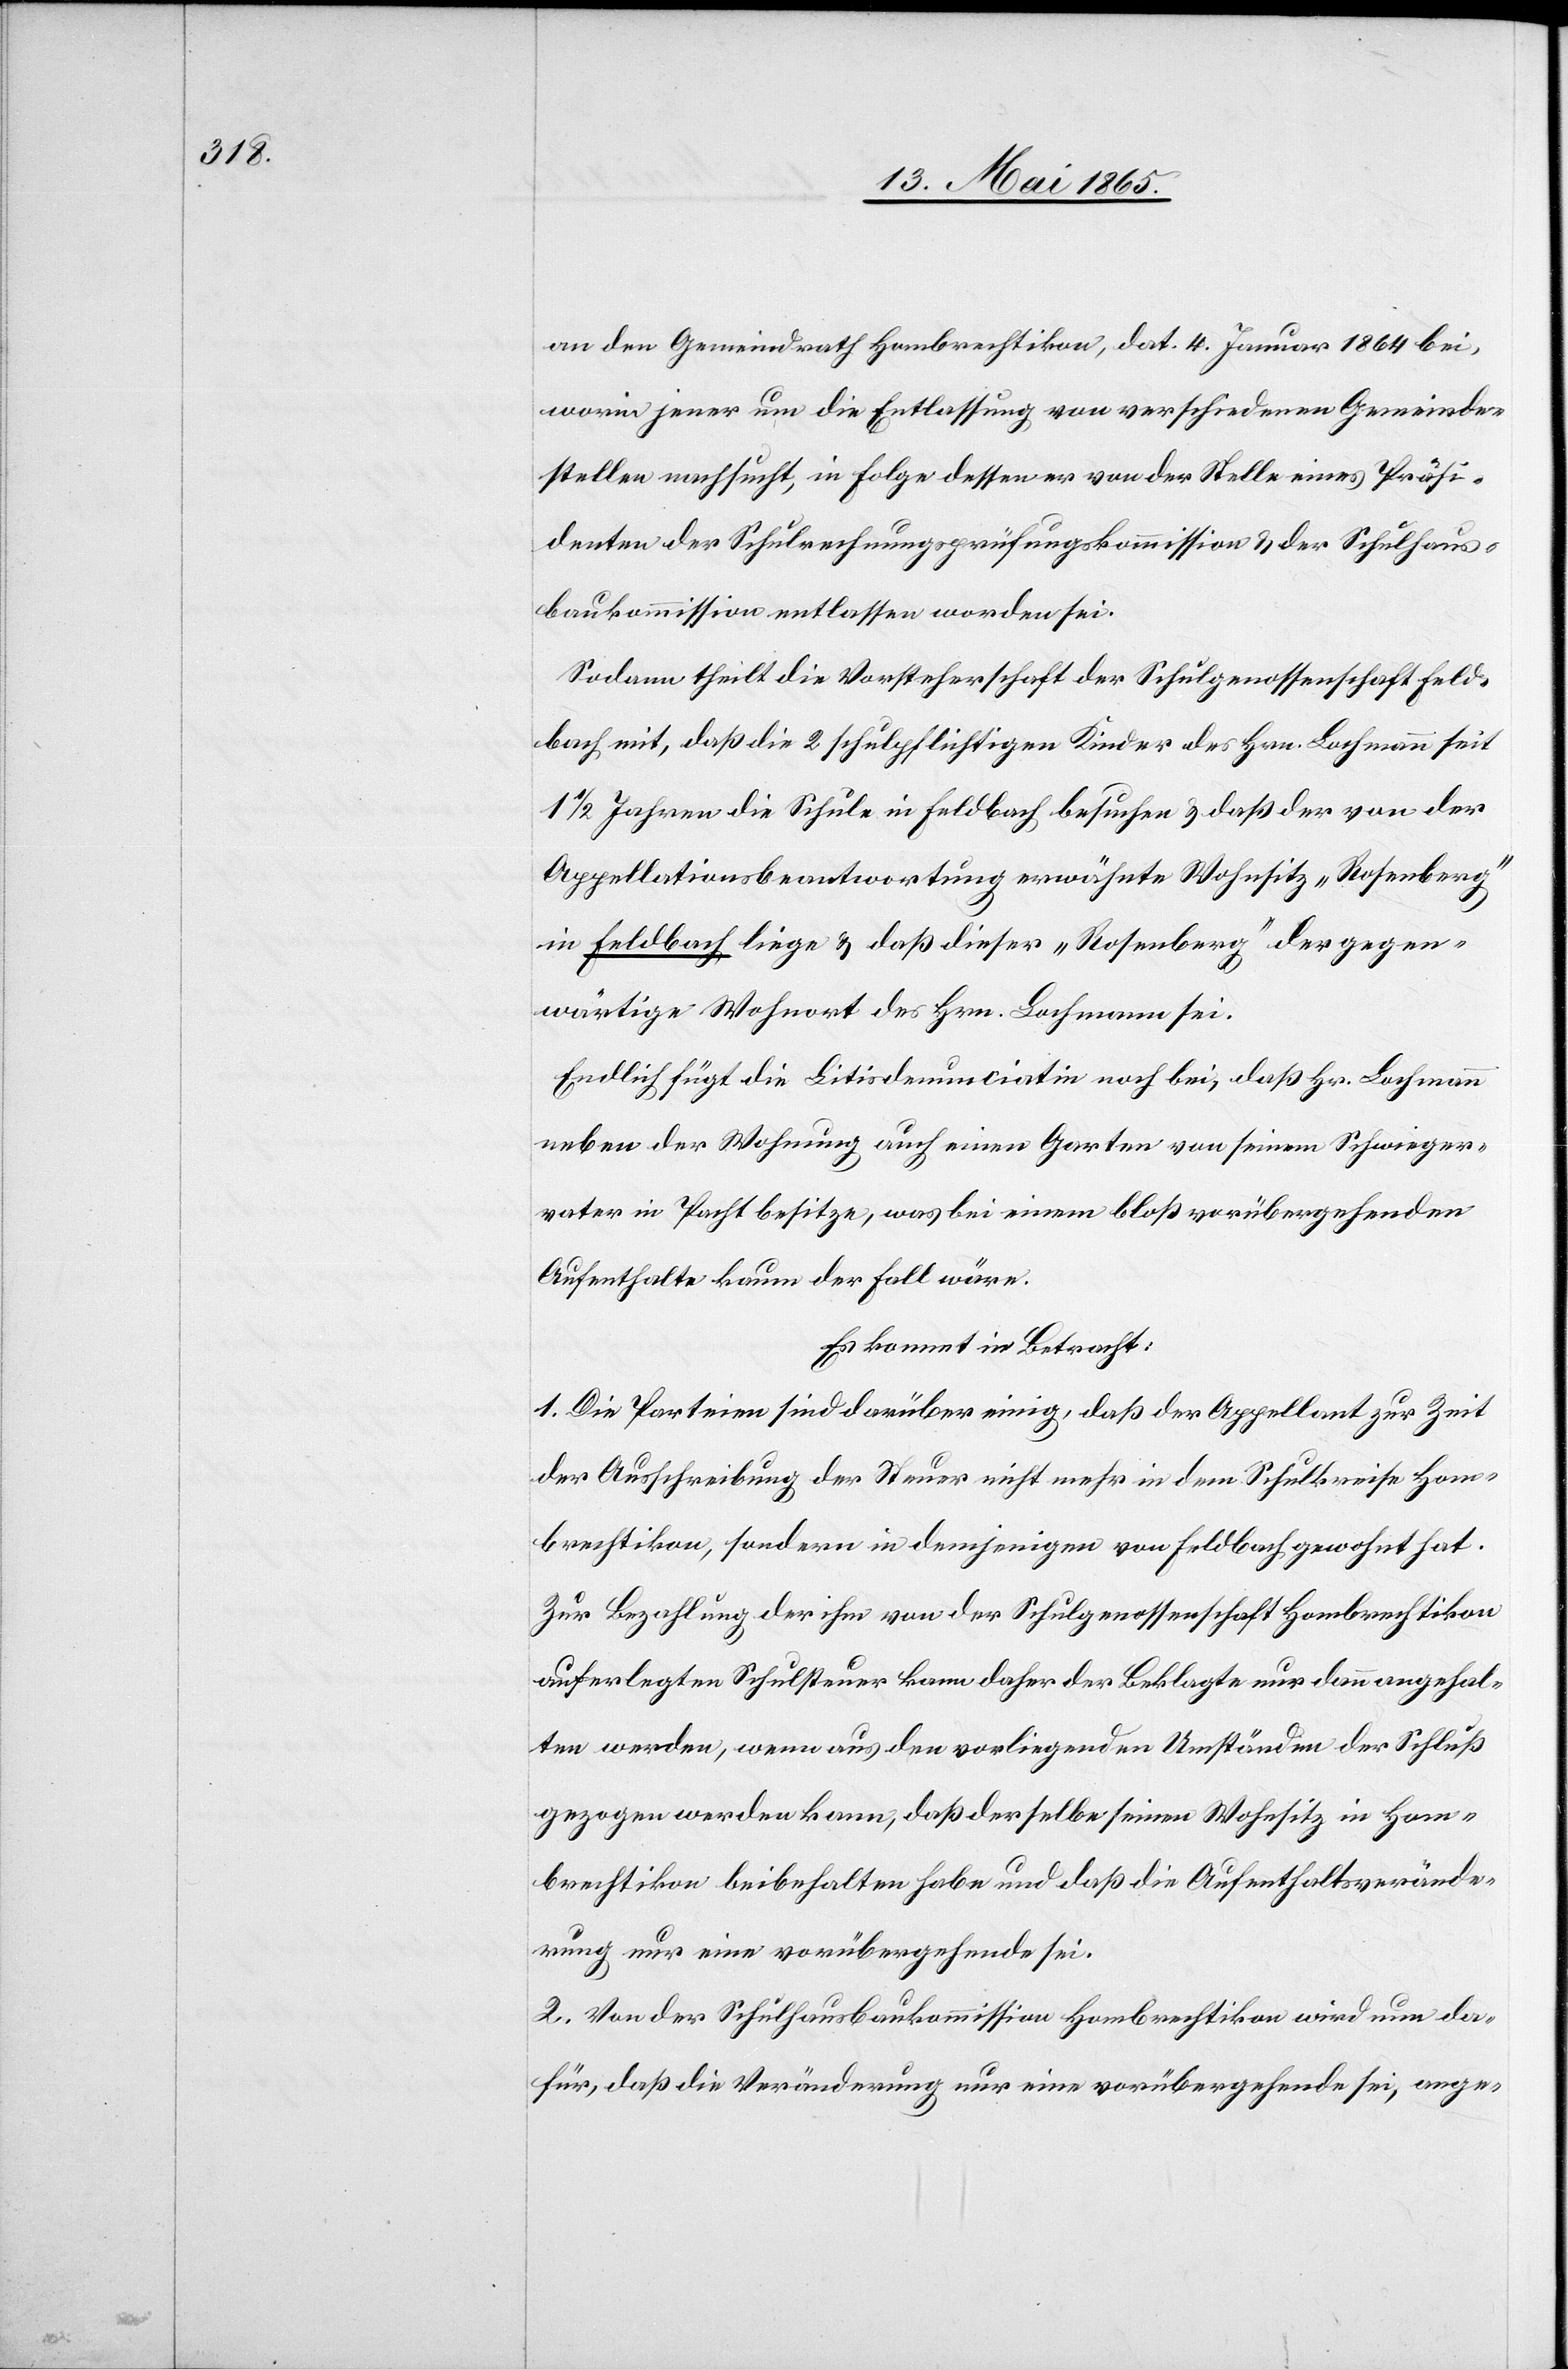
an den Gemeindrath Hombrechtikon, dat. 4. Januar 1864 bei,
worin jener um die Entlassung von verschiedenen Gemeinde¬
stellen nachsucht, in Folge dessen er von der Stelle eines Präsi¬
denten der Schulrechnungsprüfungskommission & der Schulhaus¬
baukommisison entlasse worden sei.
Sodann theilt die Vorsteherschaft der Schulgenossenschaft Feld¬
bach mit, daß die 2 schulpflichtigen Kinder des Hrn. Lochmann seit
1 ½ Jahren die Schule in Feldbach besuchen & daß der von der
Appellationsbeantwortung erwähnte Wohnsitz „Rosenberg“
in Feldbach liege & daß dieser „Rosenberg“ der gegen¬
wärtige Wohnort des Hrn. Lochmann sei.
Endlich fügt die Litisdenunciatin noch bei, daß Hr. Lochmann
neben der Wohnung auch einen Garten von seinem Schwieger¬
vater in Pacht besitze, was bei einem bloß vorübergehenden
Aufenthalte kaum der Fall wäre.
Es kommt in Betracht:
1. Die Parteien sind darüber einig, daß der Appellant zur Zeit
der Ausschreibung der Steuer nicht mehr in dem Schulkreise Hom¬
brechtikon, sondern in demjenigen von Feldbach gewohnt hat.
Zur Bezahlung der ihm von der Schulgenossenschaft Hombrechtikon
auferlegten Schulsteuer kann daher der Beklagte nur dann angehal¬
ten werden, wenn aus den vorliegenden Umständen der Schluß
gezogen werden kann, daß derselbe seinen Wohnsitz in Hom¬
brechtikon beibehalten habe und daß die Aufenthaltsverände¬
rung nur eine vorübergehende sei.
2. Von der Schulhausbaukommission Hombrechtikon wird nun da¬
für, daß die Veränderung nur eine vorübergehende sei, ange-